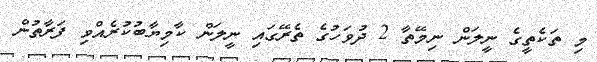
މި ތަކެތީގެ ނީލަން ނިމޭތާ 2 ދުވަހުގެ ތެރޭގައި ނީލަން ކާމިޔާބުކުރެއްވި ފަރާތުން